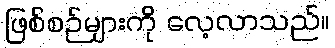
ဖြစ်စဉ်များကို လေ့လာသည်။